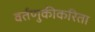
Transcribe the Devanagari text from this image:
वर्तणुकीकरिता